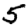
Digit: 5